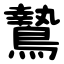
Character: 鷙